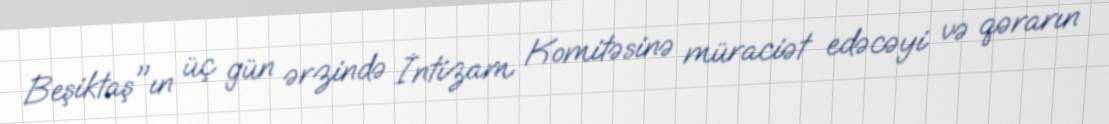
Beşiktaş"ın üç gün ərzində İntizam Komitəsinə müraciət edəcəyi və qərarın